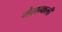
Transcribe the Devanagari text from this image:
मेलन्कली